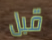
قبل